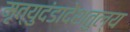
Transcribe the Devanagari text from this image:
मृत्युदंडादेशतुल्य